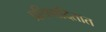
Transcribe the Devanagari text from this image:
प्रतिपादितात